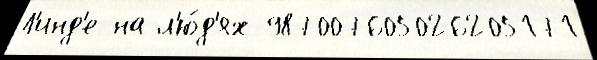
Л'инд'е на л'ю́д'ях 987007605026205171